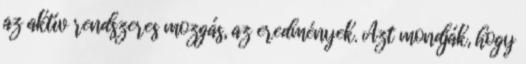
az aktív rendszeres mozgás, az eredmények. Azt mondják, hogy